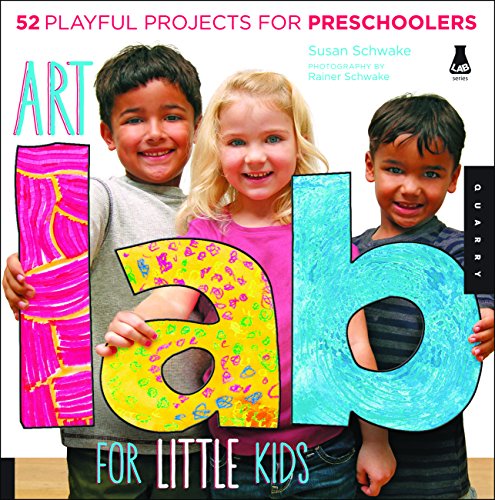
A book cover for Art Lab for Little Kids: 52 Playful Projects for Preschoolers (Lab Series); Susan Schwake; Crafts, Hobbies & Home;